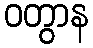
ဝတွာန